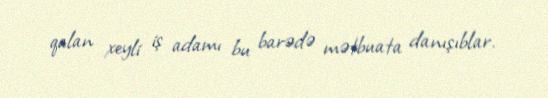
qalan xeyli iş adamı bu barədə mətbuata danışıblar.